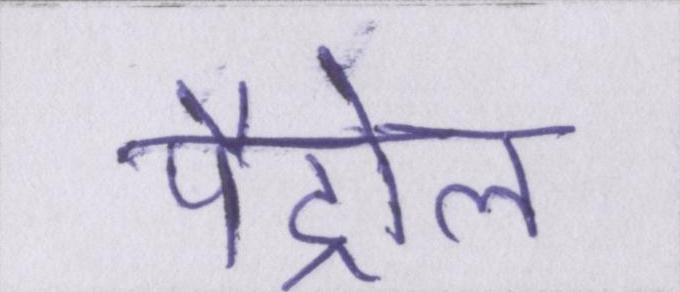
पैट्रोल